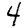
Digit: 4